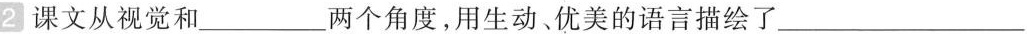
2 课文从视觉和______两个角度，用生动优美的语言描绘了________